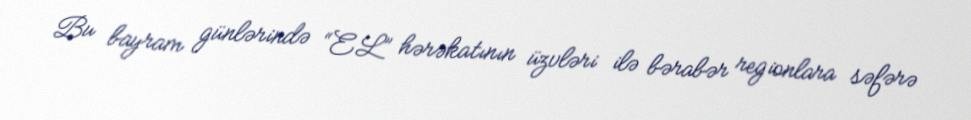
Bu bayram günlərində “EL” hərəkatının üzvləri ilə bərabər regionlara səfərə